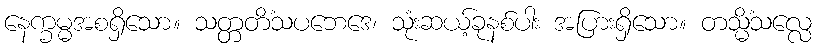
နေက္ခမ္မအစရှိသော။ သတ္တတိံသပဘေဒေ၊ သုံးဆယ့်ခုနစ်ပါး အပြားရှိသော။ တသ္မိံသလ္လေ